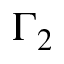
\Gamma _ { 2 }